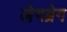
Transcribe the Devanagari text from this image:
लेगब्रेग